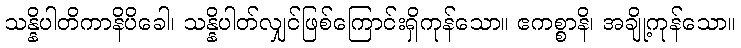
သန္နိပါတိကာနိပိခေါ၊ သန္နိပါတ်လျှင်ဖြစ်ကြောင်းရှိကုန်သော။ ဧကစ္စာနိ၊ အချို့ကုန်သော။